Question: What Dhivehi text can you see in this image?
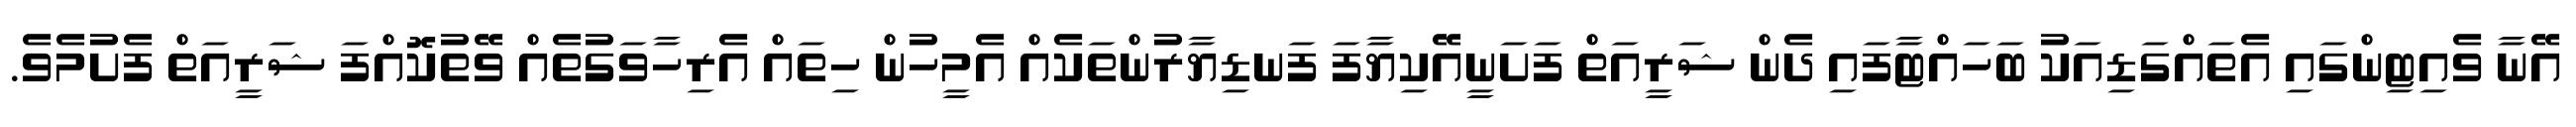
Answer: އޭނާ ވެއިޓިންގައި އެތައްގަޑިއަކު ބަހައްޓާފައި ދެން ޝަރީއަތް ފަށަނީއޭކިޔާފަ ފަނޑިޔާރުންތަކެއް އެމީހުން ހިތައް އެރިހާވަގުތެއް ވޭތުކޮއްފަ ޝަރީއަތް ފެށުމެވެ.